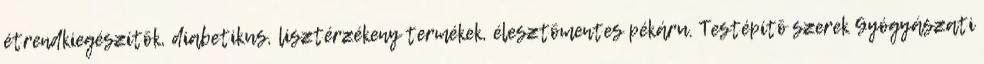
étrendkiegészítõk, diabetikus, lisztérzékeny termékek, élesztõmentes pékáru. Testépítõ szerek Gyógyászati